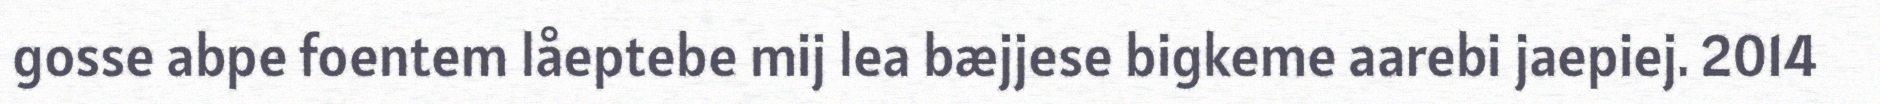
gosse abpe foentem låeptebe mij lea bæjjese bigkeme aarebi jaepiej. 2014